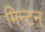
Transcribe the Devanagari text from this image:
मिन्टन